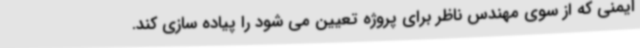
ایمنی که از سوی مهندس ناظر برای پروژه تعیین می شود را پیاده سازی کند.